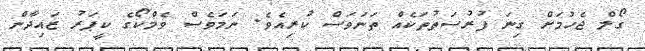
ގޯލް ޖެހުމަށް ގިނަ ފުރުސަތުތަކެއް ތަނަވަސް ކުރިއެވެ. ނަމަވެސް ވެމްކޯގެ ކީޕަރު ޒައިދާން